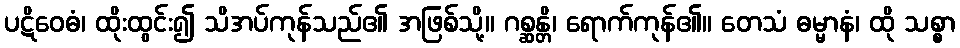
ပဋိဝေဓံ၊ ထိုးထွင်း၍ သိအပ်ကုန်သည်၏ အဖြစ်သို့။ ဂစ္ဆန္တိ၊ ရောက်ကုန်၏။ တေသံ ဓမ္မာနံ၊ ထို သစ္စာ